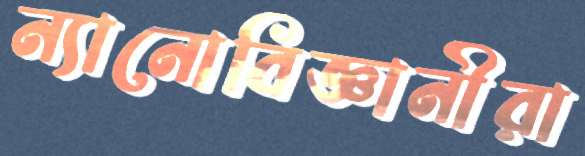
ন্যানোবিজ্ঞানীরা